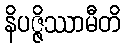
နိပဇ္ဇိဿာမီတိ